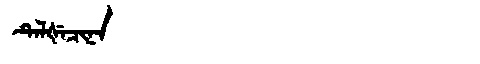
Manchu: ᡨᡝᠯᡧᡝᠴᡳᠨᠠ
Romanization: TELŠECINA